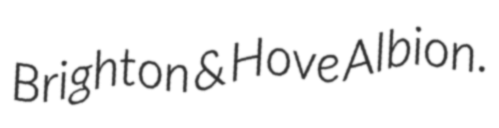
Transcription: Brighton & Hove Albion.